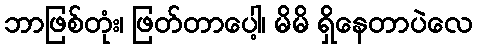
ဘာဖြစ်တုံး၊ ဖြတ်တာပေါ့၊ မိမိ ရှိနေတာပဲလေ